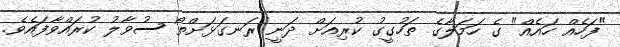
"ފަހެއް ހައެއް" ގެ ހަމަލާގެ ތަހުގީގު ކުރިއަށް ދަނީ ރަނގަޅަށްތޯ ސުވާލު ކުރައްވާފައެވެ.